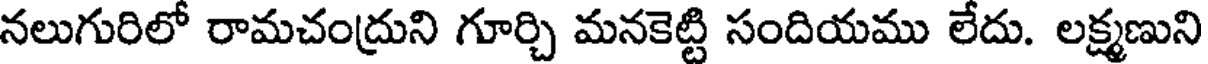
నలుగురిలో రామచంద్రుని గూర్చి మనకెట్టి సందియము లేదు. లక్ష్మణుని